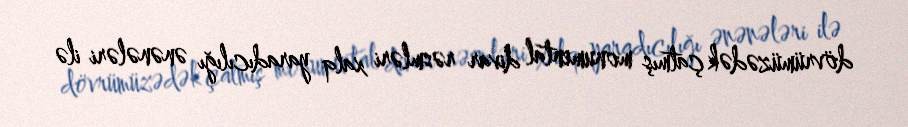
dövrümüzədək çatmış monumental divar rəsmləri xalq yaradıcılığı ənənələri ilə